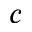
c